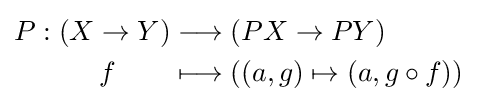
{\begin{aligned}P:(X\to Y)&\longrightarrow (PX\to PY)\\f\qquad &\longmapsto \left((a,g)\mapsto (a,g\circ f)\right)\end{aligned}}